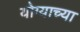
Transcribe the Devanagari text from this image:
योग्याच्या